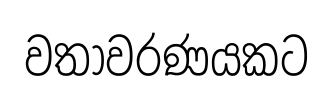
වතාවරණයකට